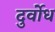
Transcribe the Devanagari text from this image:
दुर्वोध